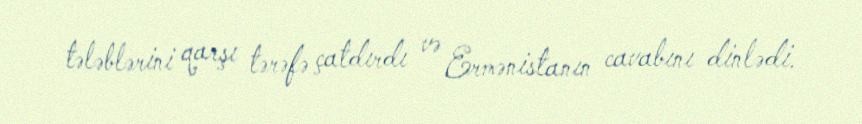
tələblərini qarşı tərəfə çatdırdı və Ermənistanın cavabını dinlədi.